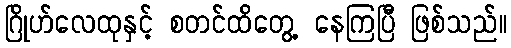
ဂြိုဟ်လေထုနှင့် စတင်ထိတွေ့ နေကြပြီ ဖြစ်သည်။